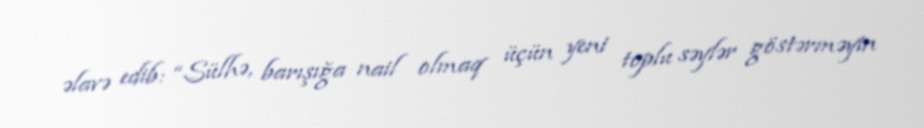
əlavə edib: “Sülhə, barışığa nail olmaq üçün yeni toplu səylər göstərməyin